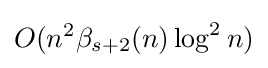
O(n^{2}\beta _{s+2}(n)\log ^{2}n)